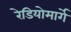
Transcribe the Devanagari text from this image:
रेडियोमार्गे